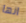
انها